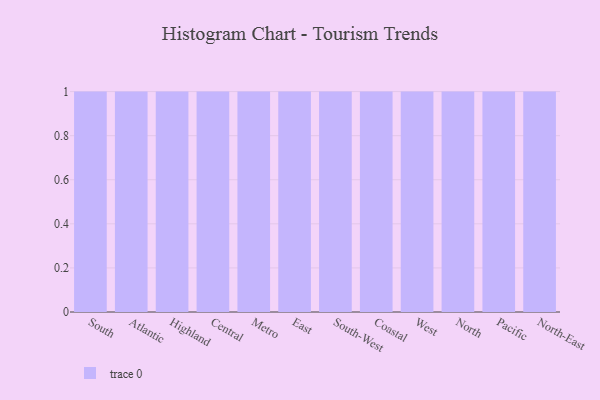
{"axis": {"x": "Region", "y": "Shipments"}, "legend": [""], "data": [{"x": "South", "y": 45, "type": ""}, {"x": "Atlantic", "y": 93, "type": ""}, {"x": "Highland", "y": 60, "type": ""}, {"x": "Central", "y": 66, "type": ""}, {"x": "Metro", "y": 36, "type": ""}, {"x": "East", "y": 86, "type": ""}, {"x": "South-West", "y": 69, "type": ""}, {"x": "Coastal", "y": 25, "type": ""}, {"x": "West", "y": 12, "type": ""}, {"x": "North", "y": 7, "type": ""}, {"x": "Pacific", "y": 27, "type": ""}, {"x": "North-East", "y": 95, "type": ""}]}